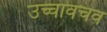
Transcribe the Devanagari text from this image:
उच्चावचव